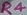
Text: R4